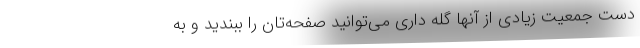
دست جمعیت زیادی از آنها گله داری می‌توانید صفحه‌تان را ببندید و به